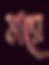
ভারে